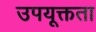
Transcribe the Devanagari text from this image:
उपयूक्तता